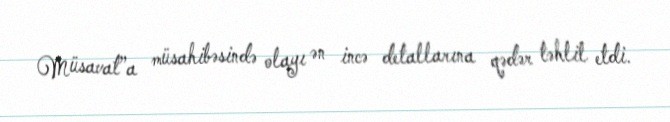
Müsavat”a müsahibəsində olayı ən incə detallarına qədər təhlil etdi.